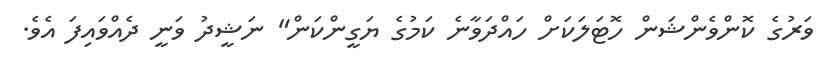
ވަރުގެ ކޮންވެންޝަން ހޮޓަލަކަށް ހައްދަވާނެ ކަމުގެ ޔަގީންކަން" ނަޝީދު ވަނީ ދެއްވައިފަ އެވެ.